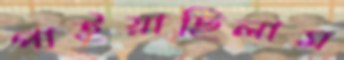
পাইয়াছিলাম